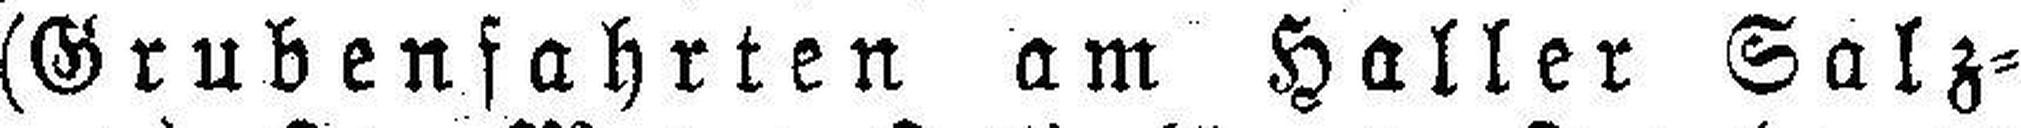
(Grubenfahrten am Haller Salz¬